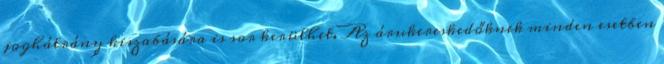
joghátrány kiszabására is sor kerülhet. Az árukereskedőknek minden esetben